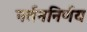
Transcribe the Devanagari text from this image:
नर्तननिर्णय